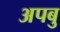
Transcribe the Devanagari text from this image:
अपबु